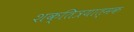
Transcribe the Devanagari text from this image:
शक्तित्रयात्मक